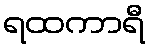
ရထကာရီ